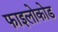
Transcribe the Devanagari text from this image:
फाइलोकोड